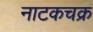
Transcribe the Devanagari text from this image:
नाटकचक्र